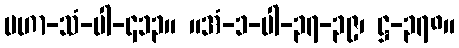
မဟာ-သံ-ပါ-၄၁၃။ ။အံ-၁-ပါ-၃၇-၃၉၊ ဋ္ဌ-၃၇၈။